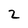
Character: 2